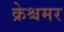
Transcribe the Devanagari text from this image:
क्रेश्चमर